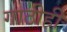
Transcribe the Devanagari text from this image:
गाठीही